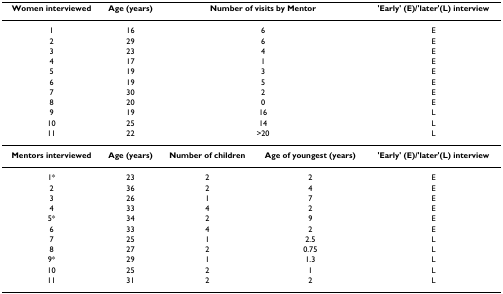
| Women interviewed | Age (years) | <COLSPAN=2> Number of visits by Mentor | 'Early' (E)/'later'(L) interview |
 | --- | --- | --- | --- | --- |
 | 1 | 16 | <COLSPAN=2> 6 | E |
 | 2 | 29 | <COLSPAN=2> 6 | E |
 | 3 | 23 | <COLSPAN=2> 4 | E |
 | 4 | 17 | <COLSPAN=2> 1 | E |
 | 5 | 19 | <COLSPAN=2> 3 | E |
 | 6 | 19 | <COLSPAN=2> 5 | E |
 | 7 | 30 | <COLSPAN=2> 2 | E |
 | 8 | 20 | <COLSPAN=2> 0 | E |
 | 9 | 19 | <COLSPAN=2> 16 | L |
 | 10 | 25 | <COLSPAN=2> 14 | L |
 | 11 | 22 | <COLSPAN=2> >20 | L |
 | Mentors interviewed | Age (years) | Number of children | Age of youngest (years) | 'Early' (E)/'later'(L) interview |
 | 1* | 23 | 2 | 2 | E |
 | 2 | 36 | 2 | 4 | E |
 | 3 | 26 | 1 | 7 | E |
 | 4 | 33 | 4 | 2 | E |
 | 5* | 34 | 2 | 9 | E |
 | 6 | 33 | 4 | 2 | E |
 | 7 | 25 | 1 | 2.5 | L |
 | 8 | 27 | 2 | 0.75 | L |
 | 9* | 29 | 1 | 1.3 | L |
 | 10 | 25 | 2 | 1 | L |
 | 11 | 31 | 2 | 2 | L |